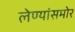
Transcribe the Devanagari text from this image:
लेण्यांसमोर